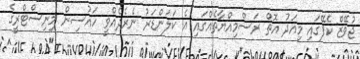
ޖުވޭޒް ކެފޭގައި މިއަދު އޮތް ރަސްމިއްޔާތެއްގައި އެ ކަލަންޑަރު ނެރެދެއްވީ ހައުސިން މިނިސްޓްރީގެ